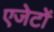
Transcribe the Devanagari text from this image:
एजेटों